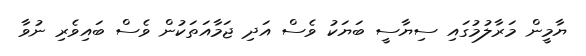
ޔާމީން މަރާލުމުގައި ސިޔާސީ ބަޔަކު ވެސް އަދި ޖަމާއަތަކުން ވެސް ބައިވެރި ނުވާ